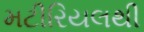
મટીરિયલથી